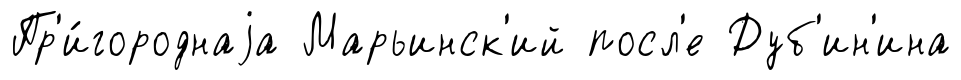
Пр'и́городнаjа Марьинск'ий посл'е Дуб'ин'ина